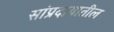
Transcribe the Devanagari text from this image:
सांप्रदायातील